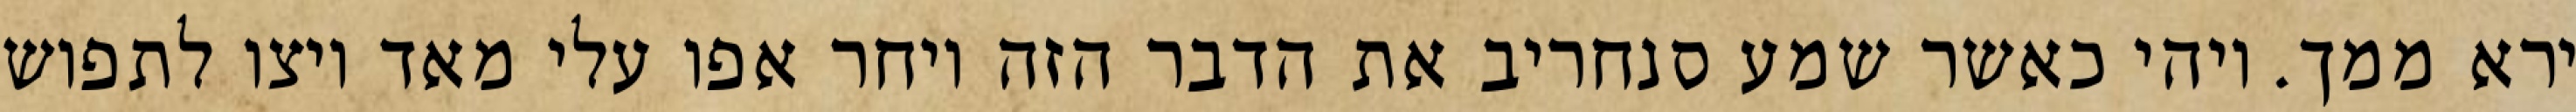
ירא ממך. ויהי כאשר שמע סנחריב את הדבר הזה ויחר אפו עלי מאד ויצו לתפוש